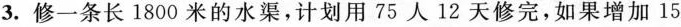
3.修一条长1800米的水渠，计划用75人12天修完，如果增加15